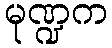
မုဏ္ဍက